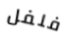
فلفل